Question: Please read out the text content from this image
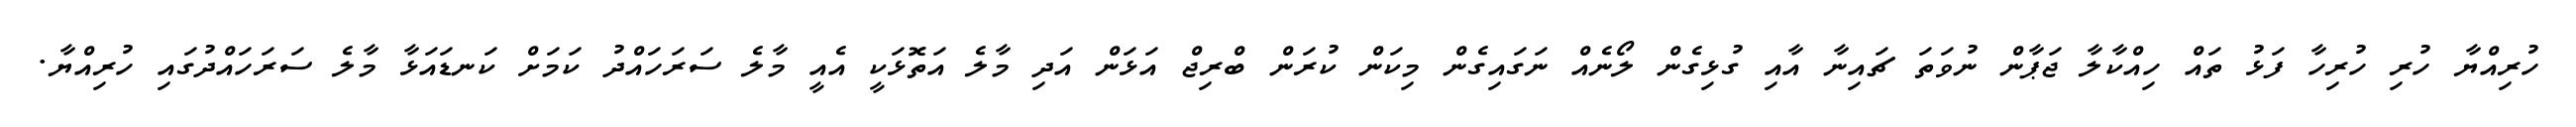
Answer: ހުރިއްޔާ ހުރި ހުރިހާ ފަޅު ތައް ހިއްކާލާ ޖަޕާން ނުވަތަ ޗައިނާ އާއި ގުޅިގެން ލޯނެއް ނަގައިގެން މިކަން ކުރަން ބްރިޖް އަޅަން އަދި މާލެ އަތޮޅަކީ އެއީ މާލެ ސަރަހައްދު ކަމަށް ކަނޑައަޅާ މާލެ ސަރަހައްދުގައި ހުރިއްޔާ.